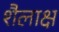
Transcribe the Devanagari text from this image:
शैलाक्ष